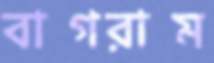
বাগরাম